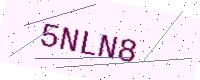
Text: 5NLN8